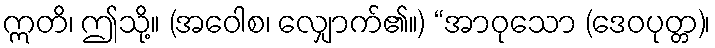
ဣတိ၊ ဤသို့။ (အဝေါစ၊ လျှောက်၏။) “အာဝုသော (ဒေဝပုတ္တ)၊